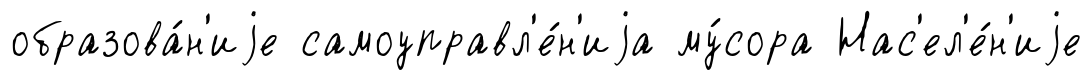
образова́н'иjе самоуправл'е́н'иjа му́сора Нас'ел'е́н'иjе